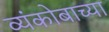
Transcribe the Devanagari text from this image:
व्यंकोबाच्या